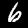
Label: 6